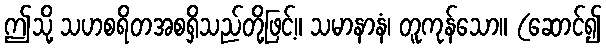
ဤသို့ သဟစရိတအစရှိသည်တို့ဖြင့်။ သမာနာနံ၊ တူကုန်သော။ (ဆောင်၍